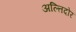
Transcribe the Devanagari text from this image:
अल्तिदोर